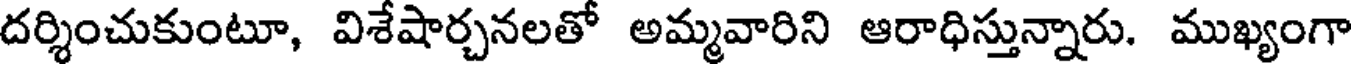
దర్శించుకుంటూ, విశేషార్చనలతో అమ్మవారిని ఆరాధిస్తున్నారు. ముఖ్యంగా